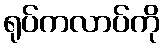
ရုပ်ကလာပ်ကို